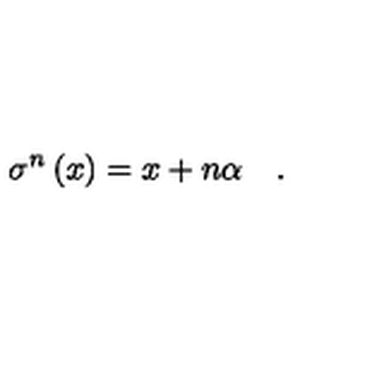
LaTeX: \sigma ^ { n } \left( x \right) = x + n \alpha \quad .